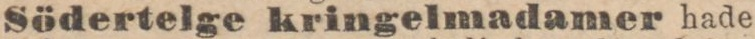
Södertelge kringelmadamer hade